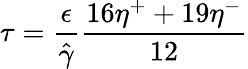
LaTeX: \tau=\frac{\epsilon}{{\hat{\gamma}}}\frac{16\eta^{+}+19\eta^{-}}{12}